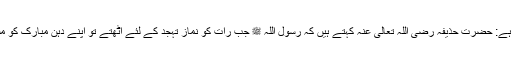
ایک روایت میں اس طرح ہے: حضرت حذیفہ رضی اللہ تعالیٰ عنہ کہتے ہیں کہ رسول اللہ ﷺ جب رات کو نمازِ تہجد کے لئے اٹھتے تو اپنے دہنِ مبارک کو مسواک سے صاف فرماتے۔